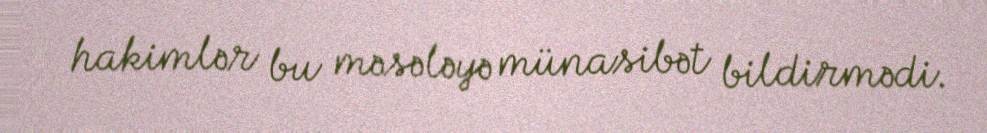
hakimlər bu məsələyə münasibət bildirmədi.